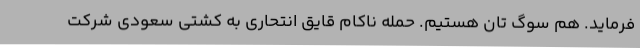
فرماید. هم سوگ تان هستیم. حمله ناکام قایق انتحاری به کشتی سعودی شرکت